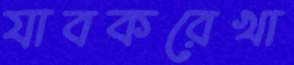
যাবকরেখা